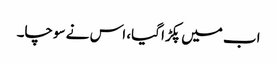
اب میں پکڑا گیا، اس نے سوچا۔